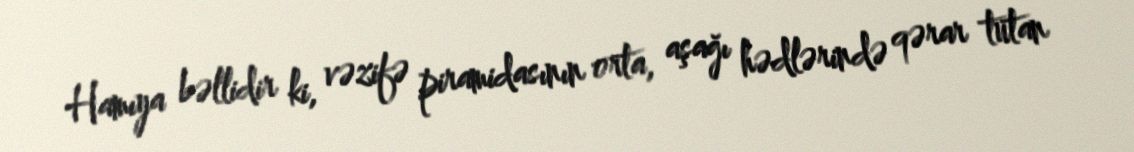
Hamıya bəllidir ki, vəzifə piramidasının orta, aşağı hədlərində qərar tutan